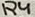
Text: R4